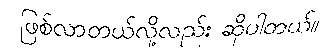
ဖြစ်လာတယ်လို့လည်း ဆိုပါတယ်။